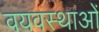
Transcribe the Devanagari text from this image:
वयवस्थाओं